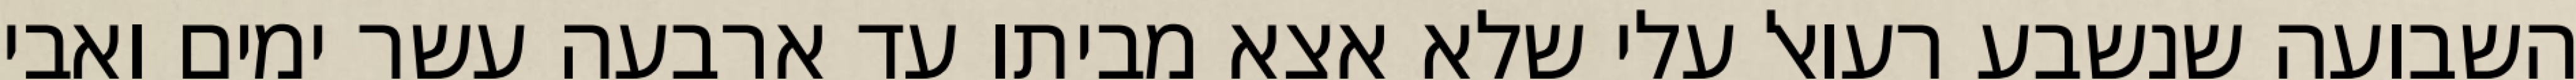
השבועה שנשבע רעואל עלי שלא אצא מביתו עד ארבעה עשר ימים ואבי